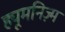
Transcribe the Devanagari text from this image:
ह्यूमनिज़्म